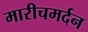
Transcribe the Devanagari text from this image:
मारीचमर्दन